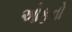
ઓફનો